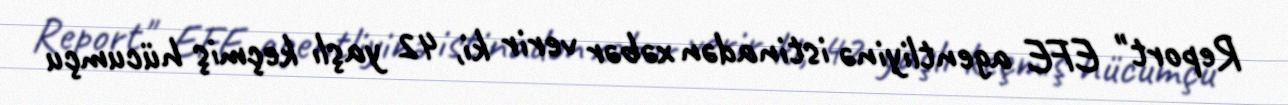
Report" EFE agentliyinə istinadən xəbər verir ki, 42 yaşlı keçmiş hücumçu